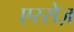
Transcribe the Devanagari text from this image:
एस्सेज़